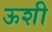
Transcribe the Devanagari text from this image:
ऊशी